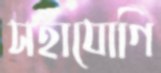
সহাযোগি